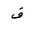
Letter: _fa